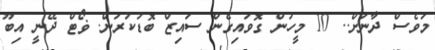
މަވެސް ދާނަށް.. 10 މީހުން ގޮވައިގެން ސައިޒް ބޮޑުކުރަން. ޥޯޓް ދޭނީ އިބޫ